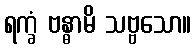
ရက္ခံ ဗန္ဓာမိ သဗ္ဗသော။